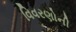
વિવરણોની